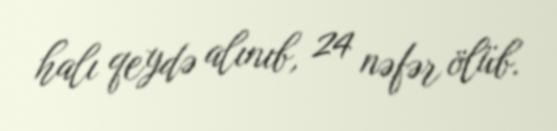
halı qeydə alınıb, 24 nəfər ölüb.